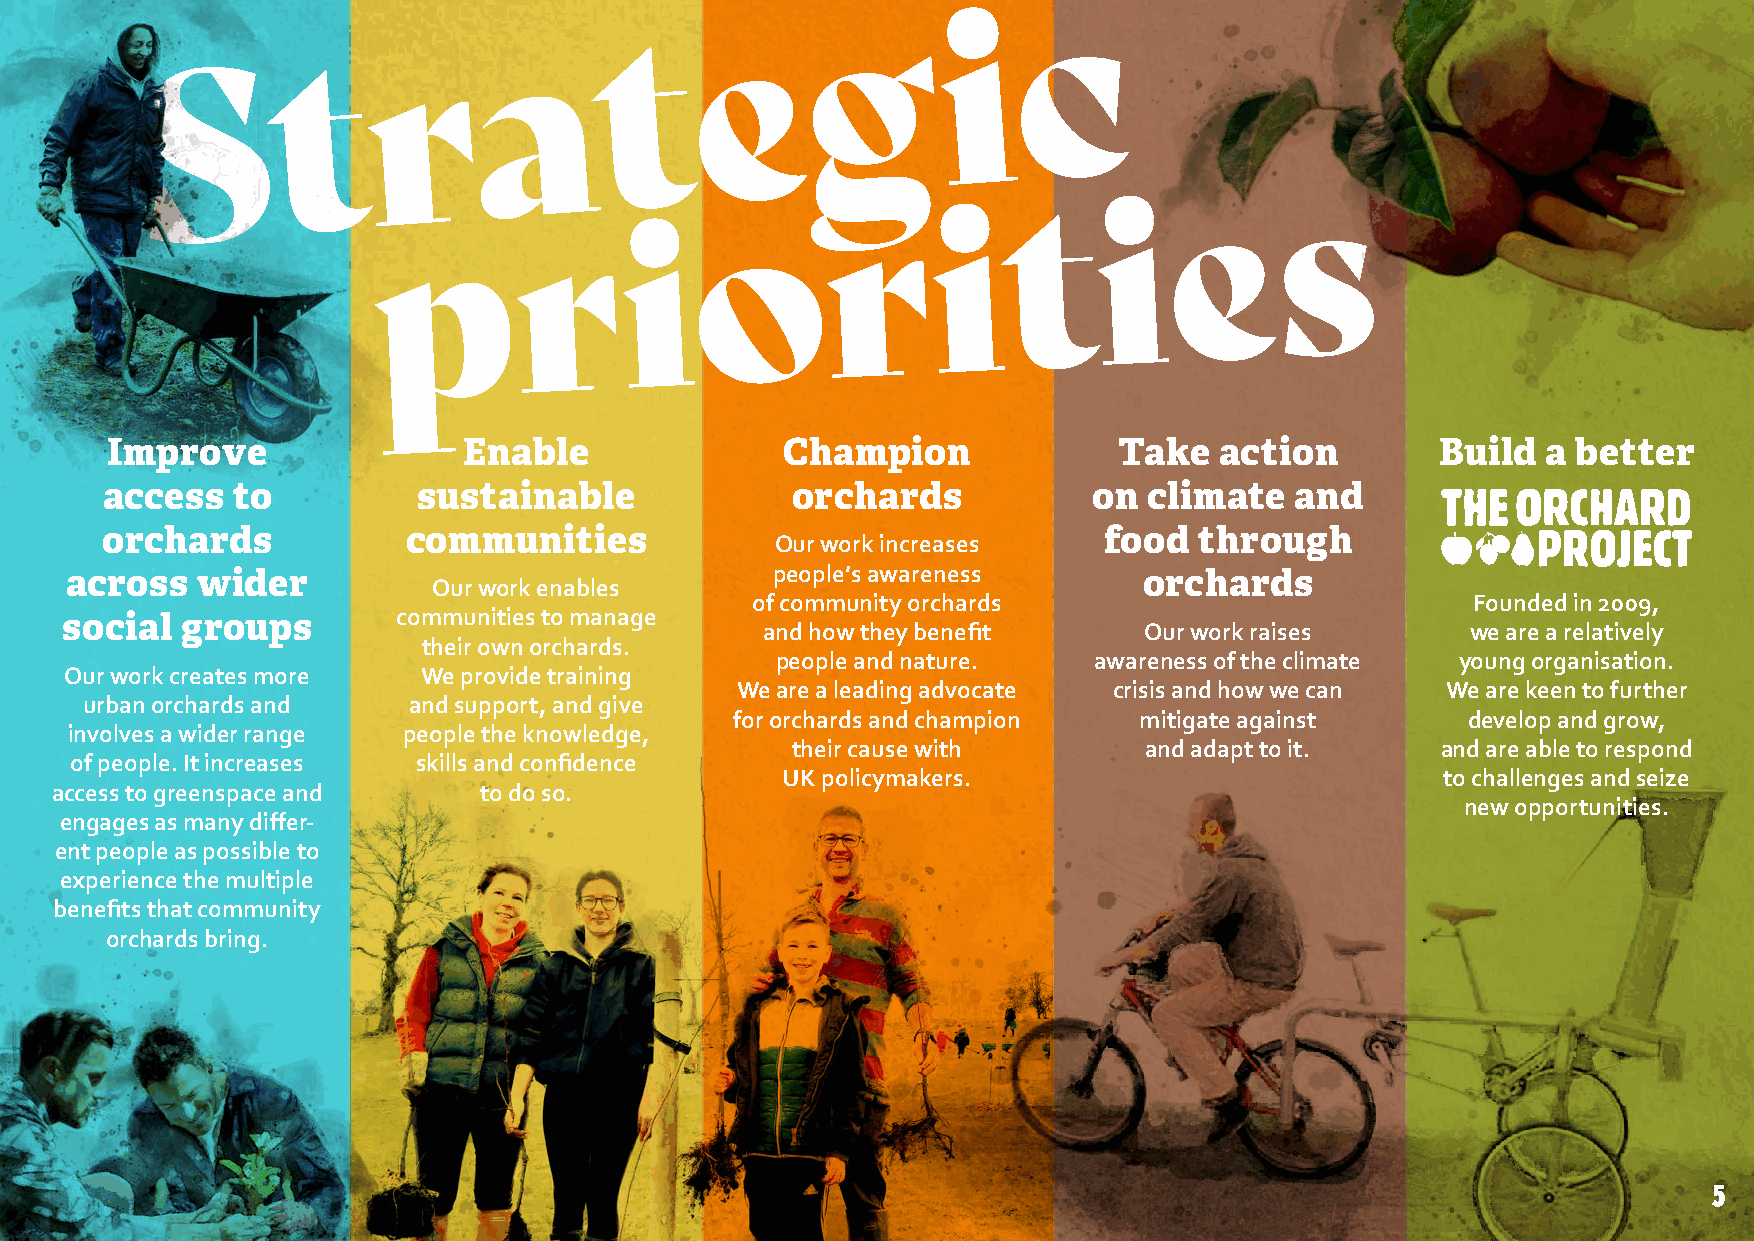
Improve                 Enable               Champion              Take   action        Build  a better
 access  to           sustainable             orchards            on  climate   and
 orchards            communities
 Our work increases
 food  through
 people’s awareness
 across   wider                                                          orchards
 Our work enables
 of community orchards                           Founded in 2009,
 communities to manage
 social  groups
 and how they benefit      Our work raises      we are a relatively
 their own orchards.
 people and nature.   awareness of the climate young organisation.
 Our work creates more   We provide training
 We are a leading advocate crisis and how we can We are keen to further
 urban orchards and   and support, and give
 for orchards and champion mitigate against      develop and grow,
 involves a wider range people the knowledge,
 their cause with        and adapt to it.   and are able to respond
 of people. It increases skills and confidence
 UK policymakers.                            to challenges and seize
 access to greenspace and     to do so.
 new opportunities.
 engages as many differ-
 ent people as possible to
 experience the multiple
 benefits that community
 orchards bring.
 5